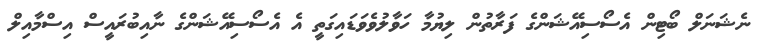
ނެޝަނަލް ބޯޓިން އެސޯސިއޭޝަންގެ ފަރާތުން ލިޔުމާ ހަވާލުވެވަޑައިގަތީ އެ އެސޯސިއޭޝަންގެ ނާއިބުރައީސް އިސްމާއިލް